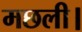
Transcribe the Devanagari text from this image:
मछली।